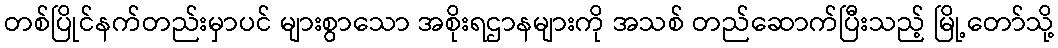
တစ်ပြိုင်နက်တည်းမှာပင် များစွာသော အစိုးရဌာနများကို အသစ် တည်ဆောက်ပြီးသည့် မြို့တော်သို့